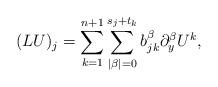
LaTeX: \begin{align*}(L U)_j = \sum_{k=1}^{n+1} \sum_{|\beta|=0}^{s_j+t_k} b_{jk}^{\beta} \partial_y^{\beta} U^k, \end{align*}